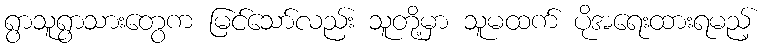
ရွာသူရွာသားတွေက မြင်သော်လည်း သူတို့မှာ သူမထက် ပိုအရေးထားရမည့်